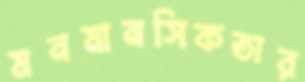
মনমানসিকতার